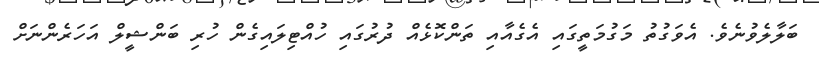
ބަލާލެވުނެވެ. އެވަގުތު މަގުމަތީގައި އެގެއާއި ތަންކޮޅެއް ދުރުގައި ހުއްޓިލައިގެން ހުރި ބަންޝީލް އަހަރެންނަށް